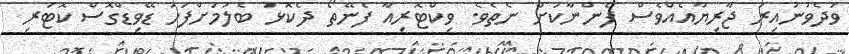
ވަދެވުނުއިރު ޖާރިޔާއެއްވެސް ފެންނާކަށް ނެތެވެ. ވިކްޓޮރިއާ ފެނޭތޯ ދެކޮޅު ބެލުމަށްފަހު ޑޭވިޑްގޮސް ކޮޓަރި